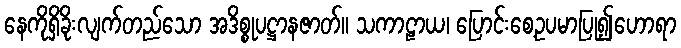
နေကိုရှိခိုးလျက်တည်သော အဒိစ္စုပဋ္ဌာနဇာတ်။ သကာဠာယ၊ ပြောင်းစေ့ဥပမာပြု၍ဟောရာ